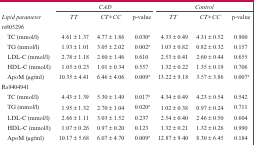
|  | <COLSPAN=3> CAD | <COLSPAN=3> Control |
 | Lipid parameter | TT | CT+CC | p-value | TT | CT+CC | p-value |
 | --- | --- | --- | --- | --- | --- | --- |
 | rs805296 |  |  |  |  |  |  |
 | TC (mmol/l) | 4.61 ± 1.37 | 4.77 ± 1.86 | 0.030# | 4.33 ± 0.49 | 4.31 ± 0.52 | 0.900 |
 | TG (mmol/l) | 1.93 ± 1.01 | 3.05 ± 2.02 | 0.002# | 1.03 ± 0.82 | 0.82 ± 0.32 | 0.157 |
 | LDL-C (mmol/l) | 2.78 ± 1.18 | 2.60 ± 1.46 | 0.610 | 2.53 ± 0.41 | 2.60 ± 0.44 | 0.655 |
 | HDL-C (mmol/l) | 1.05 ± 0.23 | 1.01 ± 0.34 | 0.557 | 1.32 ± 0.22 | 1.35 ± 0.19 | 0.706 |
 | ApoM (μg/ml) | 10.35 ± 4.41 | 6.46 ± 4.06 | 0.009# | 13.22 ± 9.18 | 3.57 ± 3.86 | 0.007# |
 | Rs9404941 |  |  |  |  |  |  |
 | TC (mmol/l) | 4.43 ± 1.39 | 5.30 ± 1.49 | 0.017# | 4.34 ± 0.49 | 4.23 ± 0.54 | 0.542 |
 | TG (mmol/l) | 1.95 ± 1.32 | 2.70 ± 1.04 | 0.020# | 1.02 ± 0.38 | 0.97 ± 0.24 | 0.711 |
 | LDL-C (mmol/l) | 2.66 ± 1.11 | 3.03 ± 1.52 | 0.237 | 2.54 ± 0.40 | 2.46 ± 0.50 | 0.604 |
 | HDL-C (mmol/l) | 1.07 ± 0.26 | 0.97 ± 0.20 | 0.123 | 1.32 ± 0.21 | 1.32 ± 0.26 | 0.990 |
 | ApoM (μg/ml) | 10.17 ± 5.68 | 6.07 ± 4.70 | 0.009# | 12.87 ± 9.40 | 8.30 ± 6.45 | 0.184 |